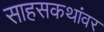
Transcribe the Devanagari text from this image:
साहसकथांवर